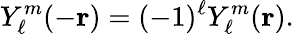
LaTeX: Y_{\ell}^{m}(-\mathbf{r})=(-1)^{\ell}Y_{\ell}^{m}(\mathbf{r}).